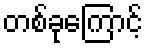
တစ်ခုကြောင့်